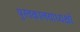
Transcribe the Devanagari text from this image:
पुस्तकालयाध्यक्षों